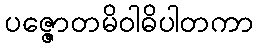
ပဇ္ဇောတမိဝါဓိပါတကာ